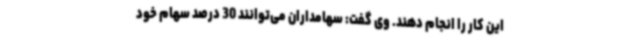
این کار را انجام دهند. وی گفت: سهامداران می‌توانند 30 درصد سهام خود